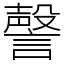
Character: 謦